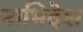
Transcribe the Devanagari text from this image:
नाभिदेश